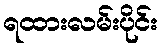
ရထားလမ်းပိုင်း